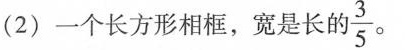
(2)一个长方形相框，宽是长的\frac{3}{5} 。